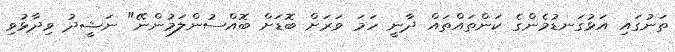
ތަނުގައި އަޅުގަނޑުމެންގެ ކަންތައްތައް ދާނީ ހަމަ ވަރަށް ބޮޑަށް ބޮއްސުންލަމުންނޭ" ނަޝީދު ވިދާޅުވި